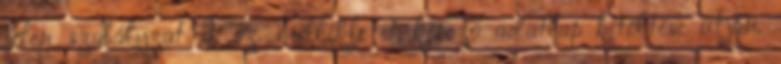
jelen szabályzat 2. sz. mellékletét képező adatlap kitöltése útján.